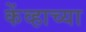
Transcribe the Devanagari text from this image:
केंव्हाच्या